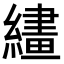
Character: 繣